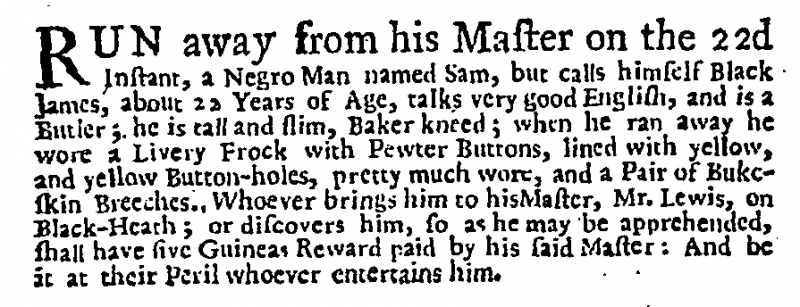
Daily Post, 25 March 1732 (England)
RUN away from his Master on the 22d Instant, a Negro Man named Sam, but calls himself Black James, about 22 Years of Age, talks very good English, and is a Butler; he is tall and slim, Baker kneed; when he ran away he wore a Livery Frock with Pewter Buttons, lined with yellow, and yellow Button-holes, pretty much wore, and a Pair of Bukcskin Breeches. Whoever brings him to his Master, Mr. Lewis, on Black-Heath; or discovers him, so as he may be apprehended, shall have five Guineas Reward paid by his said Master: And be it at their Peril whoever entertains him.